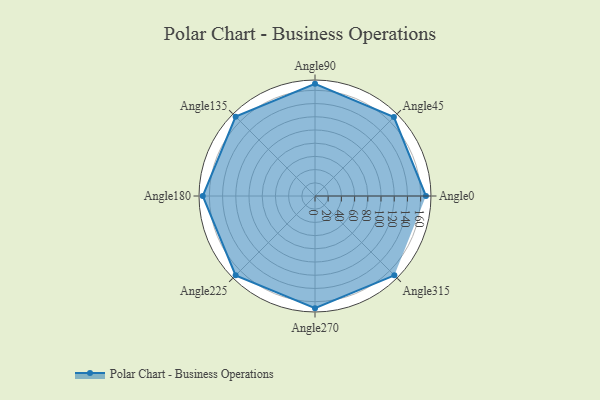
{"axis": {"x": "Angle", "y": "Radius"}, "legend": [""], "data": [{"x": "Angle0", "y": 168.0, "type": ""}, {"x": "Angle45", "y": 169.0, "type": ""}, {"x": "Angle90", "y": 170, "type": ""}, {"x": "Angle135", "y": 170, "type": ""}, {"x": "Angle180", "y": 170, "type": ""}, {"x": "Angle225", "y": 170, "type": ""}, {"x": "Angle270", "y": 170, "type": ""}, {"x": "Angle315", "y": 170, "type": ""}]}